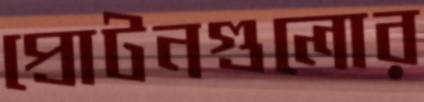
প্রোটনগুলোর